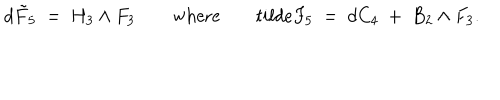
LaTeX: d \tilde { F } _ { 5 } ~ = ~ H _ { 3 } \wedge F _ { 3 } \mathrm { w h e r e } \ \ \ \, t i l d e { F } _ { 5 } ~ = ~ d C _ { 4 } ~ + ~ B _ { 2 } \wedge F _ { 3 } .